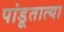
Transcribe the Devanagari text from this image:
पांडूतात्या